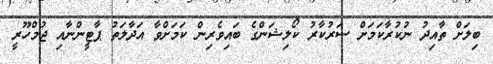
ބިލަށް ތާއިދު ނުކުރާކަމަށް ސަރުކާރު ކޯލިޝަންގެ ބައިވެރިން ކަމަށްވާ އަދާލަތު ޕާޓީންނާއި ޖުމްހޫރީ